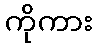
ကိုကား